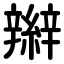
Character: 辮